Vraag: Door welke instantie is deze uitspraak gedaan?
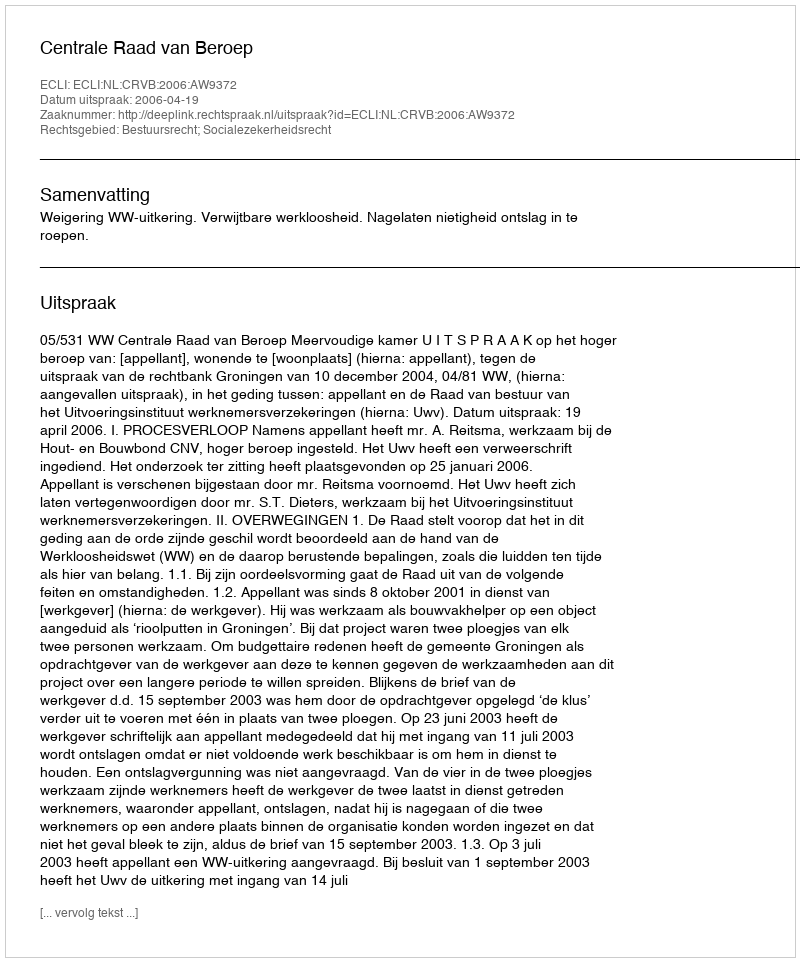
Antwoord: Centrale Raad van Beroep